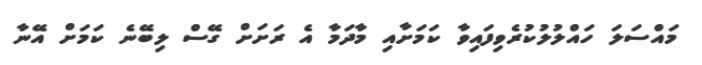
މައްސަލަ ހައްލުލުކުރެވިފައިވާ ކަމަށާއި މާދަމާ އެ ރަށަށް ގޭސް ލިބޭނެ ކަމަށް އޭނާ